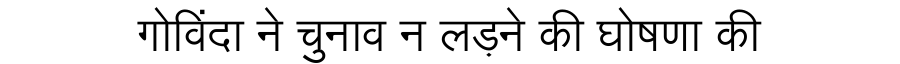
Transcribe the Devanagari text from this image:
गोविंदा ने चुनाव न लड़ने की घोषणा की